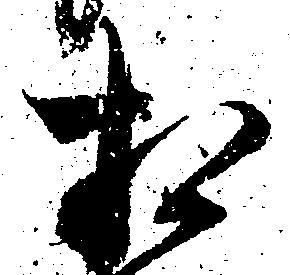
相